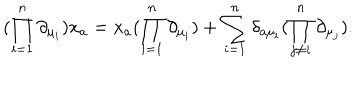
( \prod _ { i = 1 } ^ { n } \partial _ { \mu _ { i } } ) x _ { a } = x _ { a } ( \prod _ { i = 1 } ^ { n } \partial _ { \mu _ { i } } ) + \sum _ { i = 1 } ^ { n } \delta _ { a \mu _ { i } } ( \prod _ { j \ne i } ^ { n } \partial _ { \mu _ { j } } ) .